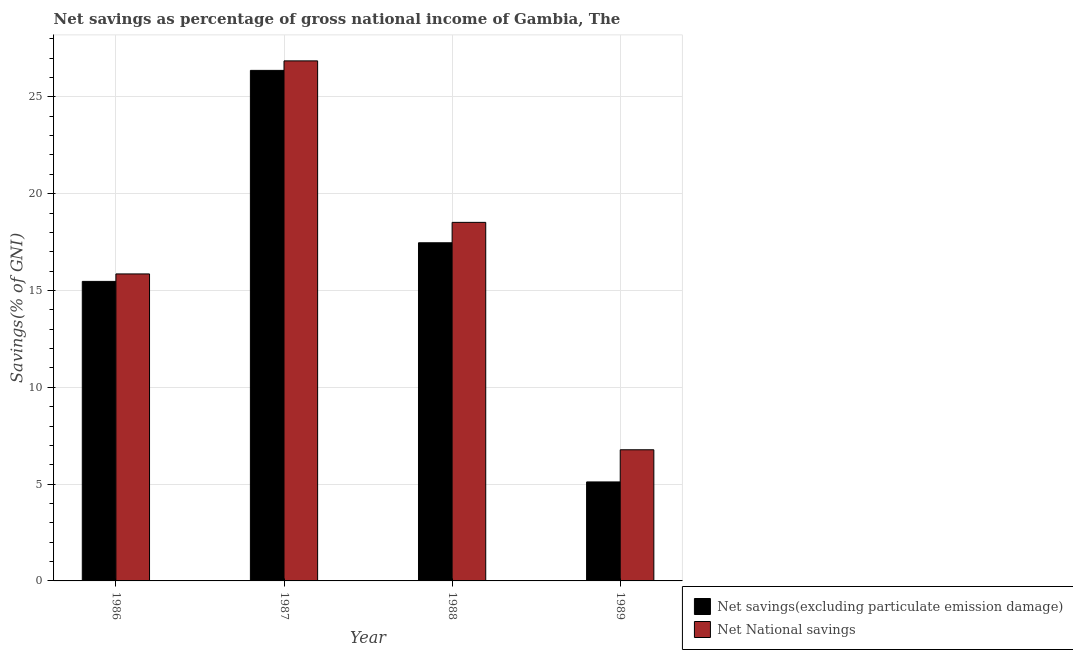
| Year | Net savings(excluding particulate emission damage) | Net National savings |
 | --- | --- | --- |
 | 1986 | 15.5 | 15.9 |
 | 1987 | 26.4 | 26.9 |
 | 1988 | 17.5 | 18.5 |
 | 1989 | 5.11 | 6.77 |